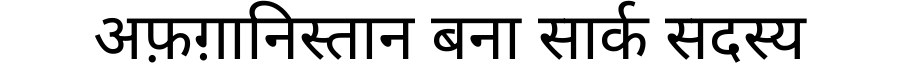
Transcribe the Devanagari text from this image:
अफ़ग़ानिस्तान बना सार्क सदस्य